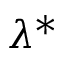
\lambda ^ { * }